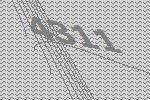
4311